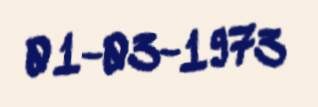
01-03-1973